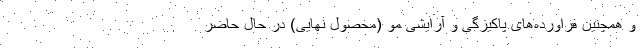
و همچنین فراورده‌های پاکیزگی و آرایشی مو (محصول نهایی) در حال حاضر